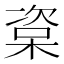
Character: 楶